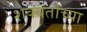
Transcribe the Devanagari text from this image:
शक्यतांच्या